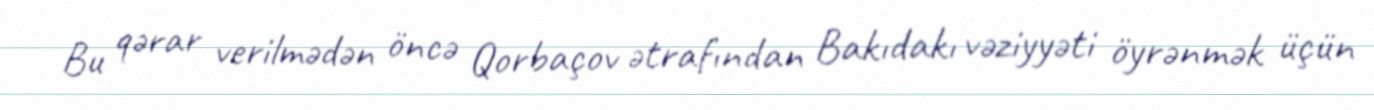
Bu qərar verilmədən öncə Qorbaçov ətrafından Bakıdakı vəziyyəti öyrənmək üçün